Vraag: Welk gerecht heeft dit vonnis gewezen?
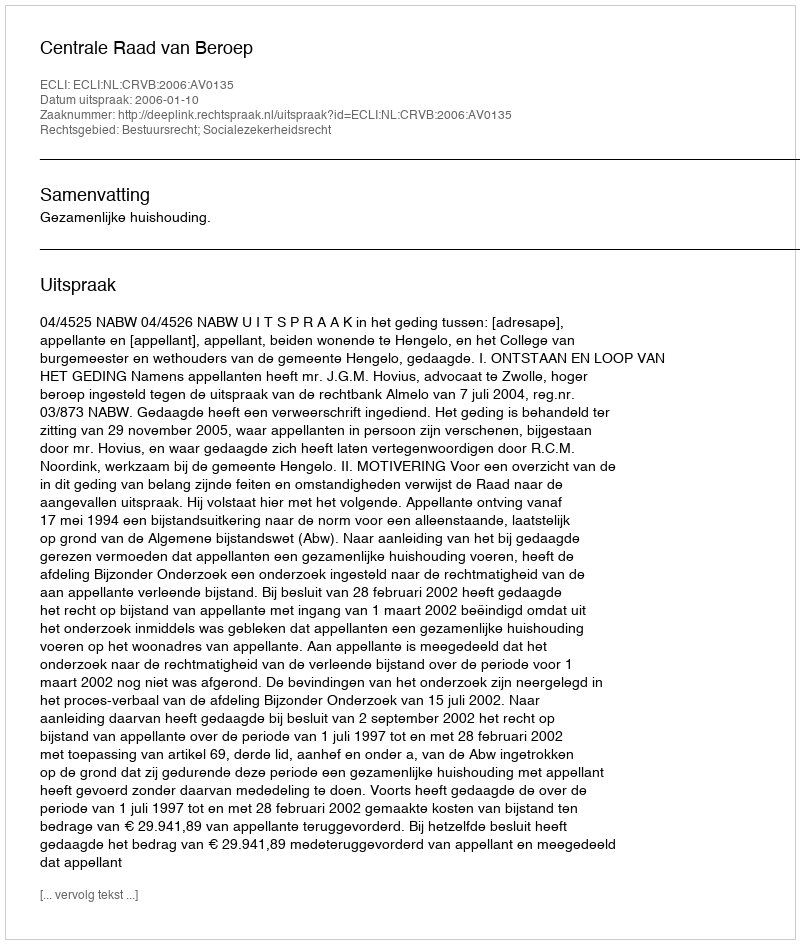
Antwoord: Centrale Raad van Beroep